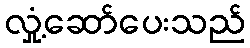
လှုံ့ဆော်ပေးသည်